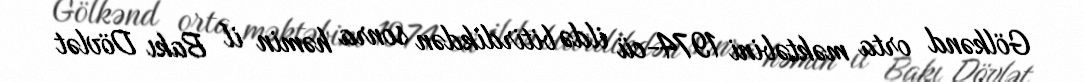
Gölkənd orta məktəbini 1974-cü ildə bitirdikdən sonra həmin il Bakı Dövlət